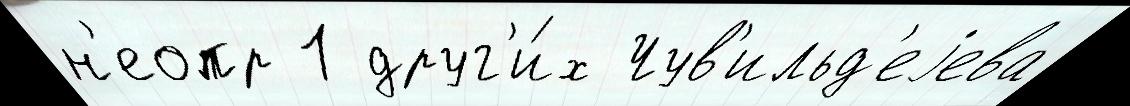
н'еопр 1 друг'и́х Чув'ильд'еjева